Report on the working of the mental hospitals for Indians in Bihar and Orissa - 1925-1929
Year: 1925
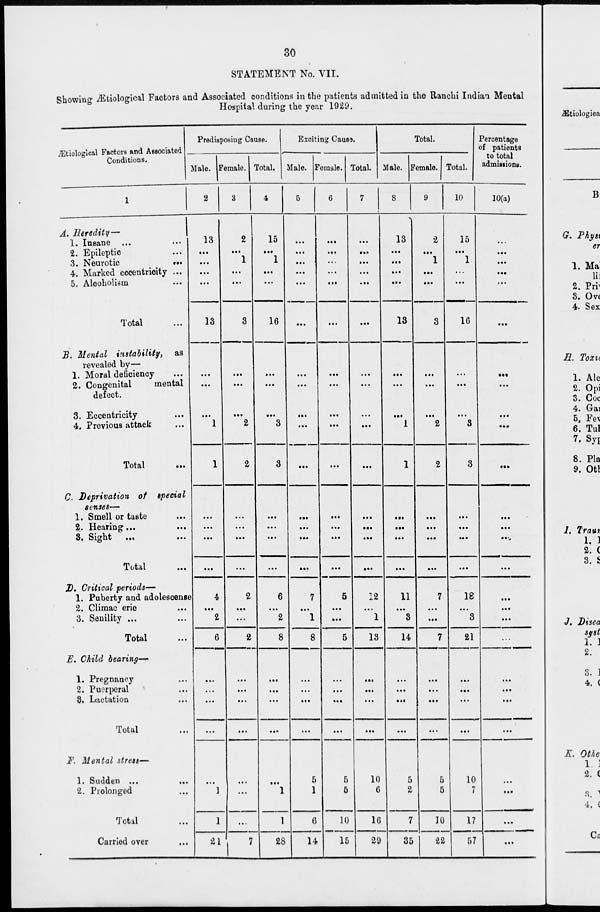
30
STATEMENT No. VII.
Showing Ætiological Factors and Associated conditions in the patients admitted in the Ranchi Indian Mental
Hospital during the year 1929.
Ætiological Factors and Associated
Conditions.
1
A. Heredity—
1. Insane ... ...
2. Epileptic ...
3. Neurotic
...
4. Marked eccentricity...
5. Alcoholism ...
Total ...
B. Mental instability,
as
revealed by—
1. Moral deficiency ...
2. Congenital
mental
defect.
3. Eccentricity ...
4. Previous attack ...
Total ...
C. Deprivation
of special
senses—
1. Smell or taste ...
2. Hearing... ...
3. Sight
...
...
Total ...
D. Critical periods—
1. Puberty and adolescense
2. Climacteric ...
3. Senility... ...
Total ...
E. Child bearing—
1. Pregnancy ...
2. Puerperal ...
3. Lactation ...
Total ...
F. Mental stress—
1. Sudden
...
...
2. Prolonged ...
Total ...
Carried over ...
Predisposing Cause.
Male.
2
13
...
...
...
...
13
...
...
...
1
1
...
...
...
...
4
...
2
6
...
...
...
...
...
1
1
21
Female.
3
2
...
1
...
...
3
...
...
...
2
2
...
...
...
...
2
...
...
2
...
...
...
...
...
...
...
7
Total.
4
15
...
1
...
...
16
...
...
...
3
3
...
...
...
...
6
...
2
8
...
...
...
...
...
1
1
28
Exciting Cause.
Male.
5
...
...
...
...
...
...
...
...
...
...
...
...
...
...
...
7
...
1
8
...
...
...
...
5
1
6
14
Female.
6
...
...
...
...
...
...
...
...
...
...
...
...
...
...
...
5
...
...
5
...
...
...
...
5
5
10
15
Total.
7
...
...
...
...
...
...
...
...
...
...
...
...
...
...
...
12
...
1
13
...
...
...
...
10
6
16
29
Total.
Male.
8
13
...
...
...
...
13
...
...
...
1
1
...
...
...
...
11
...
3
14
...
...
...
...
5
2
7
35
Female.
9
2
...
1
...
...
3
...
...
...
2
2
...
...
...
...
7
...
...
7
...
...
...
...
5
5
10
22
Total.
10
15
...
1
...
...
16
...
...
...
3
3
...
...
...
...
18
...
3
21
...
...
...
...
10
7
17
57
Percentage
of patients
to total
admissions.
10(a)
...
...
...
...
...
...
...
...
...
...
...
...
...
...
...
...
...
...
...
...
...
...
...
...
...
...
...